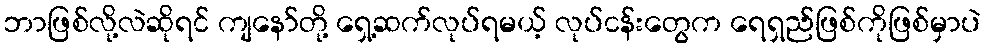
ဘာဖြစ်လို့လဲဆိုရင် ကျနော်တို့ ရှေ့ဆက်လုပ်ရမယ့် လုပ်ငန်းတွေက ရေရှည်ဖြစ်ကိုဖြစ်မှာပဲ